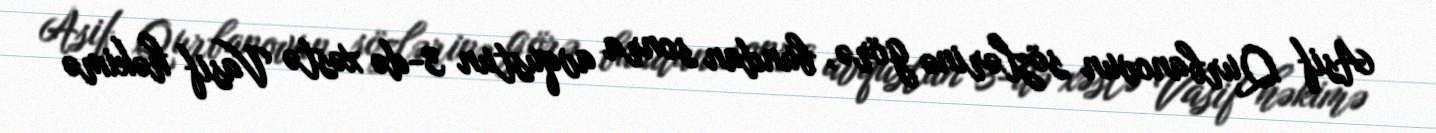
Asif Qurbanovun sözlərinə görə, bundan sonra avqustun 3-də xəstə Vasif həkimə